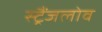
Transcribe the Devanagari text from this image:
स्ट्रैंजलोव